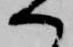
へ